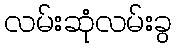
လမ်းဆုံလမ်းခွ